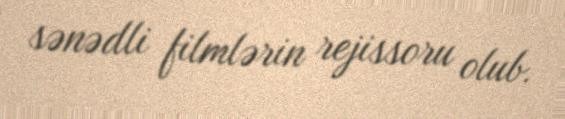
sənədli filmlərin rejissoru olub.